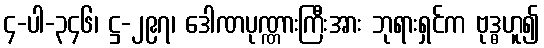
၄-ပါ-၃၄၆၊ ဋ္ဌ-၂၉၇၊ ဒေါဏပုဏ္ဏားကြီးအား ဘုရားရှင်က ဗုဒ္ဓဟူ၍